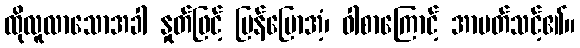
ထိုလူလာသောအခါ နှုတ်ဖြင့် ပြန်ပြောအံ့၊ ဝါစာကြောင့် အာပတ်သင့်၏။